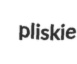
pliskie